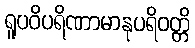
ရူပဝိပရိဏာမာနုပရိဝတ္တိ